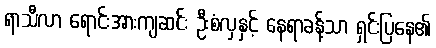
ရာသီလာ ရောင်းအားကျဆင်း ဦးစံလှနှင့် နေရာခန့်သာ ရှင်းပြနေ၏